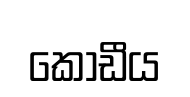
කොඩීය